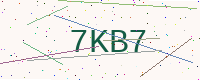
Text: 7KB7